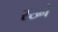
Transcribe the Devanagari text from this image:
रख्ने